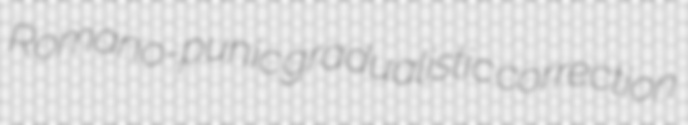
Romano-punic gradualistic correction